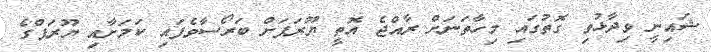
ޝައިނީ ވިދާޅުވި ގޮތުގައި މިހާތަނަށް ރާއްޖެ އޮތީ ޔޫރަޕަށް ބަރޯސާވެފައި ކަމަށާއި ޔޫރަޕްގެ